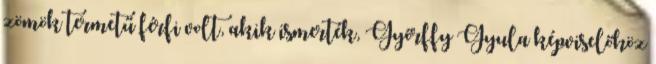
zömök termetű férfi volt, akik ismerték, Győrffy Gyula képviselőhöz